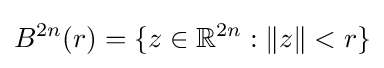
B^{2n}(r)=\{z\in \mathbb {R} ^{2n}:\|z\|<r\}